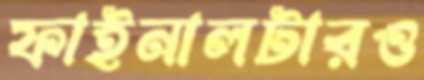
ফাইনালটারও